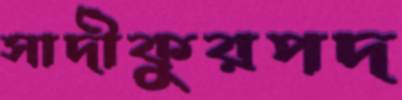
সাদীকুরপদ